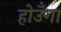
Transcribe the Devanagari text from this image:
होउँगा